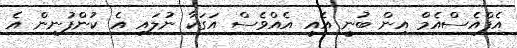
އެފްއެސްއެމް އިން ބުނީ އެއީ އެއްވެސް އަގަކާ ނުލައި އެ ކުންފުނިން އެ